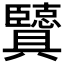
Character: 𦣶